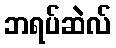
ဘရပ်ဆဲလ်